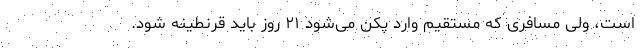
است، ولی مسافری که مستقیم وارد پکن می‌شود ۲۱ روز باید قرنطینه شود.